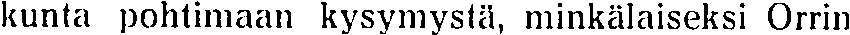
kunta pohtimaan kysymystä, minkälaiseksi Orrin